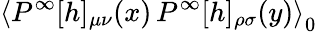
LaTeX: \left<P^{\infty}[h]_{\mu\nu}(x)\, P^{\infty}[h]_{\rho\sigma}(y)\right>_{0}